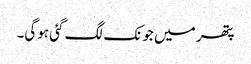
پتھر میں جونک لگ گئی ہوگی۔